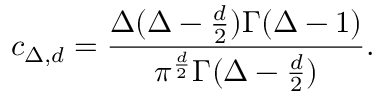
c _ { \Delta , d } = { \frac { \Delta ( \Delta - { \frac { d } { 2 } } ) \Gamma ( \Delta - 1 ) } { \pi ^ { \frac { d } { 2 } } \Gamma ( \Delta - { \frac { d } { 2 } } ) } } .